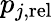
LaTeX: p_{j,\mathrm{rel}}